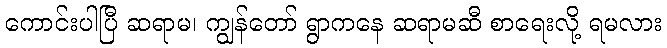
ကောင်းပါပြီ ဆရာမ၊ ကျွန်တော် ရွာကနေ ဆရာမဆီ စာရေးလို့ ရမလား